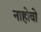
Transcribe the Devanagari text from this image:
नाहोवो